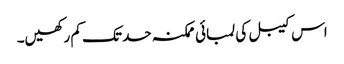
اس کیبل کی لمبائی ممکنہ حد تک کم رکھیں۔